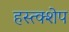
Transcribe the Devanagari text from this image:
हस्त्क्शेप